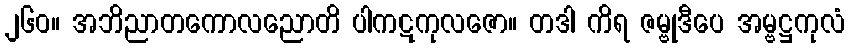
၂၆၀။ အဘိညာတကောလညောတိ ပါကဋကုလဇော။ တဒါ ကိရ ဇမ္ဗုဒီပေ အမ္ဗဋ္ဌကုလံ